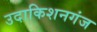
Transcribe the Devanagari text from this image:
उदाकिशनगंज